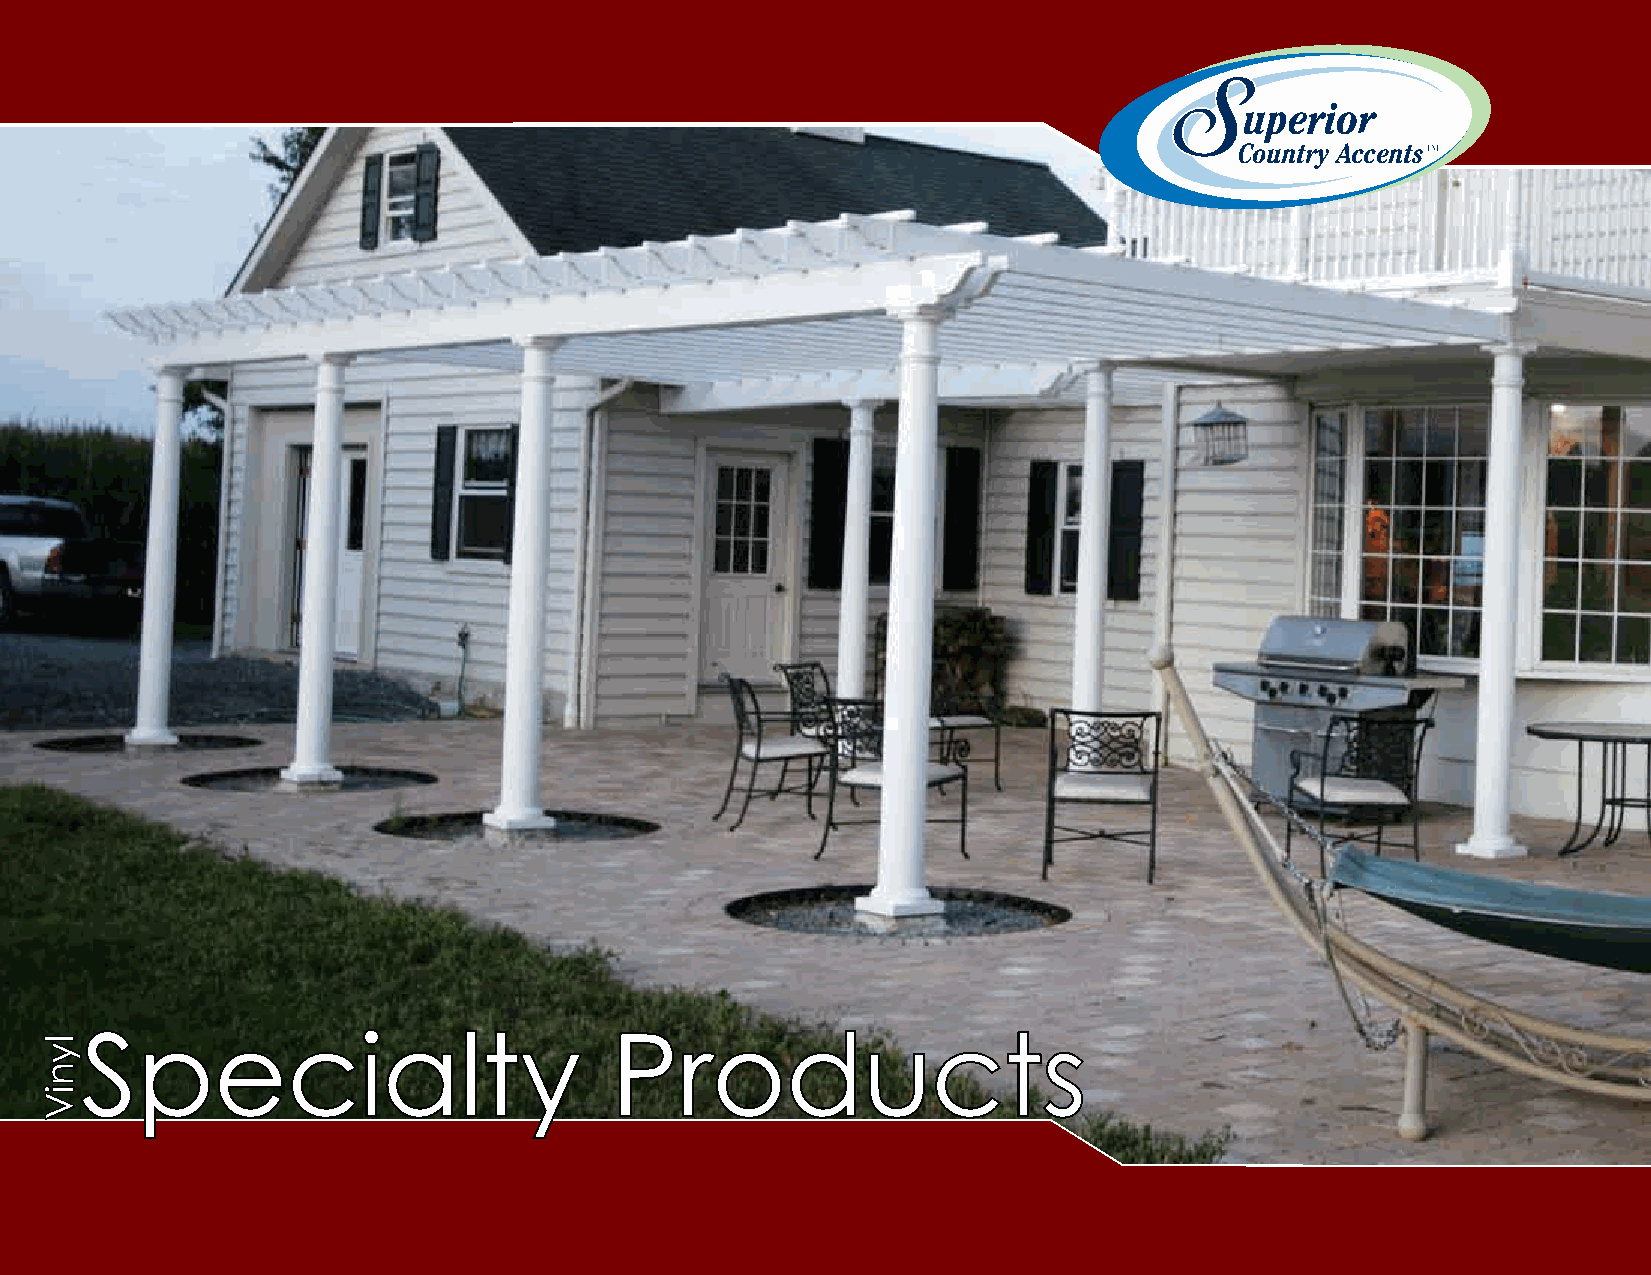
Country Accents
 Specialty                          Products
 p_spp0400 020110
 lyniV